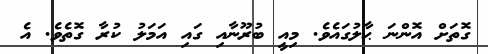
ގޮތަށް އޮންނަ ޙާލުގައެވެ. މިއީ ބުރޫނާއި ގައި އަމަލު ކުރާ ގޮތެވެ. އެ